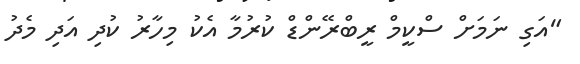
"އަގި ނަމަށް ސްކީމް ރީބްރޭންޑް ކުރުމާ އެކު މިހާރު ކުދި އަދި މެދު